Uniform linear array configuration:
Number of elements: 4
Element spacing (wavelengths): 0.75
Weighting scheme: kaiser
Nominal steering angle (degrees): -15
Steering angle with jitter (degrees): -14.703
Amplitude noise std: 0.05
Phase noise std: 0.05

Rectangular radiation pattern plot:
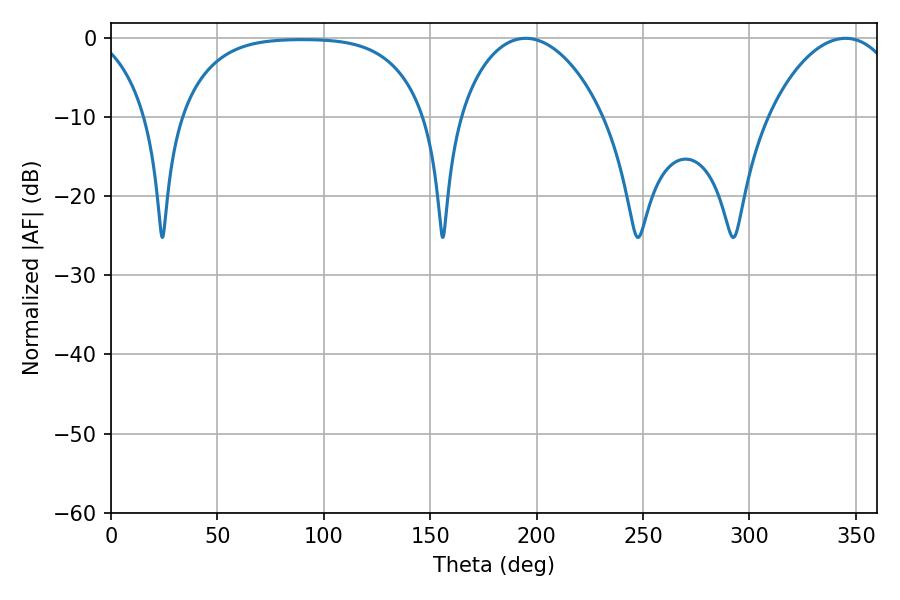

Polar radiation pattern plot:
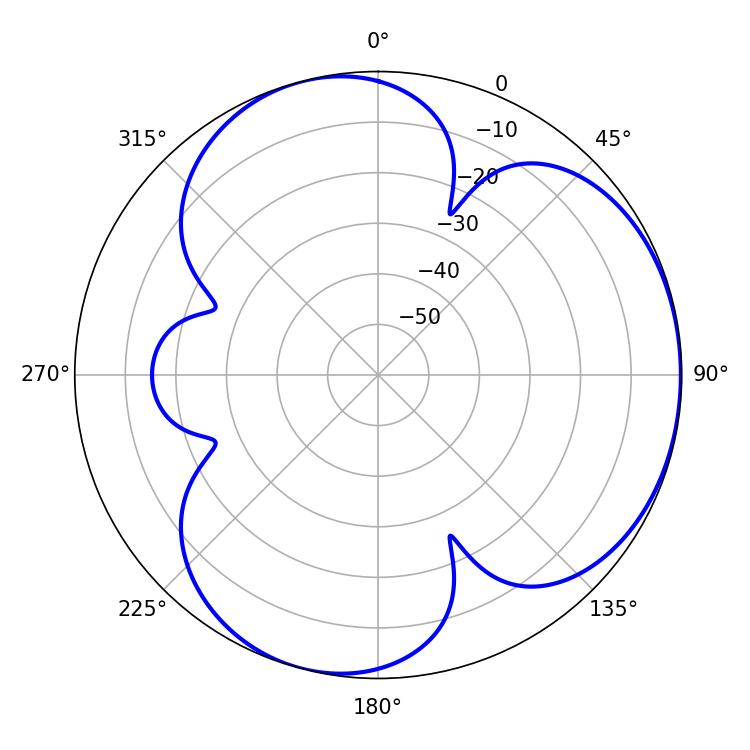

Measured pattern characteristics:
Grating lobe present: TRUE
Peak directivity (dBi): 3.922
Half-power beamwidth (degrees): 38.34
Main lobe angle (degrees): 194.94